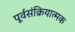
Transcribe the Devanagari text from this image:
पूर्वसंक्रियात्मक